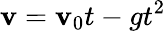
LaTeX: \mathbf{v}=\mathbf{v}_{0}t-gt^{2}